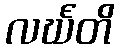
လင်္ဃတိ